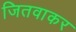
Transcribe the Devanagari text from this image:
जितवाकर